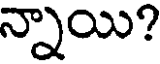
న్నాయి?